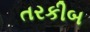
તરકીબ